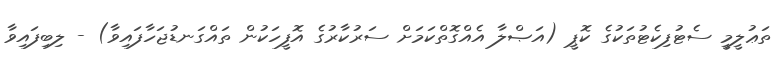
ތަޢުލީމީ ސެޓުފިކެޓުތަކުގެ ކޮޕީ (އަޞްލާ އެއްގޮތްކަމަށް ސަރުކާރުގެ އޮފީހަކުން ތައްގަނޑުޖަހާފައިވާ) - ލިބިފައިވާ